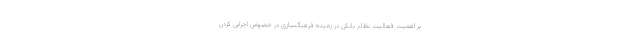
بر اهمیت فعالیت نظام بانکی در زمینه فرهنگ‌سازی در خصوص اجرایی کردن